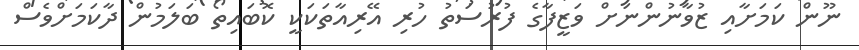
ނޫން ކަމަށާއި ޒުވާނުންނަށް ވަޒީފާގެ ފުރުސަތު ހުރި އޭރިއާތަކަކީ ކޮބައިތޯ ބަލަމުން ދާކަމަށްވެސް